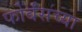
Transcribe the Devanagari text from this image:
फोर्बसच्या